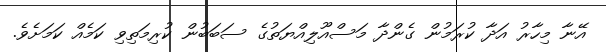
އޭނާ މިހާރު އަދާ ކުރަމުން ގެންދާ މަސްއޫލިއްޔަތުގެ ސަބަބުން ކުރިމަތިވި ކަމެއް ކަމަށެވެ.